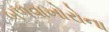
બળવાખોરોના